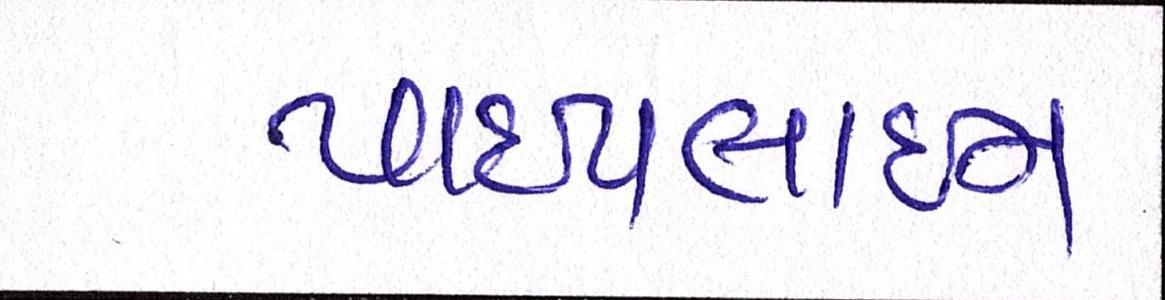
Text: પાઈપલાઈન